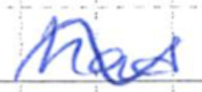
Text: had
Cross-out: wave
Writing tool: ballpoint